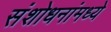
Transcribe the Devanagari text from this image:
संशोधनांमध्ये